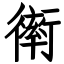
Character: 𧗿